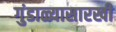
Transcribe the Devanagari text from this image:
गुंडाळ्यासारखी